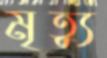
মৃত্যু